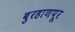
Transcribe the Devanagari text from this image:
बुरहाणपूर